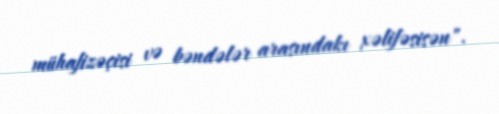
mühafizəçisi və bəndələr arasındakı xəlifəsisən".